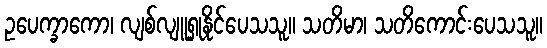
ဥပေက္ခာကော၊ လျစ်လျူရှုနိုင်ပေသသူ။ သတိမာ၊ သတိကောင်းပေသသူ။